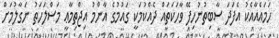
ހަމައެއާއެކު އެފަދަ ސާބިތުނުހިފޭ ވާހަކަތައް ދެއްކުމަކީ ގައުމުގެ އާންމު އިޖްތިމާޢީ މަސްލަހަތު ނަގާލުމަށް